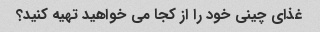
غذای چینی خود را از کجا می خواهید تهیه کنید؟